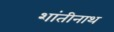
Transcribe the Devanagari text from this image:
शांतीनाथ